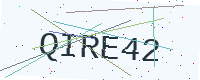
Text: QIRE42